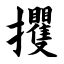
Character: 攫